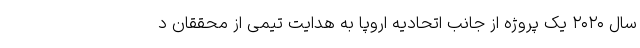
سال ۲۰۲۰ یک پروژه از جانب اتحادیه اروپا به هدایت تیمی از محققان د